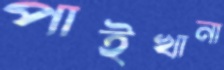
পাইখানা